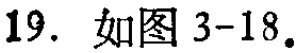
19. 如图 3-18.